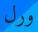
ورل